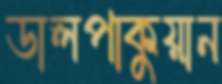
ডালপাকুয়ান